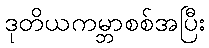
ဒုတိယကမ္ဘာစစ်အပြီး